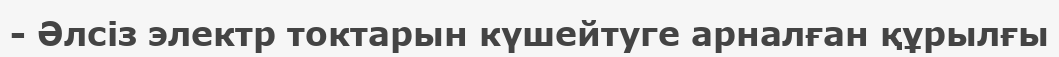
- Әлсіз электр токтарын күшейтуге арналған құрылғы